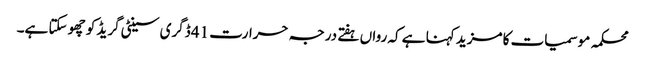
محکمہ موسمیات کا مزید کہنا ہے کہ رواں ہفتے درجہ حرارت 41 ڈگری سینٹی گریڈ کو چھو سکتا ہے۔